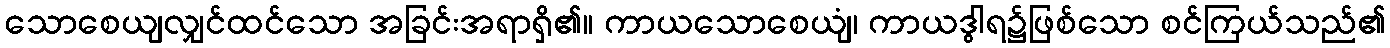
သောစေယျလျှင်ထင်သော အခြင်းအရာရှိ၏။ ကာယသောစေယျံ၊ ကာယဒွါရ၌ဖြစ်သော စင်ကြယ်သည်၏